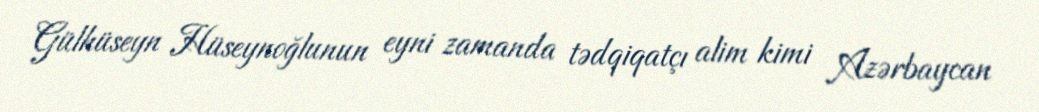
Gülhüseyn Hüseynoğlunun eyni zamanda tədqiqatçı alim kimi Azərbaycan